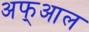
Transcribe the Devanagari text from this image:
अफ्आल